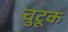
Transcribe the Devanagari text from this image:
चुटूक